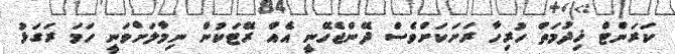
ކަރަންޓް ޚިދުމަތް ހުރިހާ ރަށަކަށްވެސް ދޭންޖެހޭނީ އެއް ރޭޓަކުން ނިމާލަށްވަނީ ހަމަ ރަގަޅު